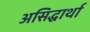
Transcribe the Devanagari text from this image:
असिद्धार्था